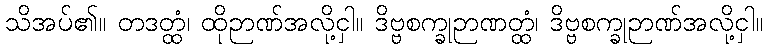
သိအပ်၏။ တဒတ္ထံ၊ ထိုဉာဏ်အလို့ငှါ။ ဒိဗ္ဗစက္ခုဉာဏတ္ထံ၊ ဒိဗ္ဗစက္ခုဉာဏ်အလို့ငှါ။